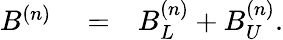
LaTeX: \begin{array}{rlr}{B^{(n)}}&{{}=}&{B_{L}^{(n)}+B_{U}^{(n)}.}\end{array}